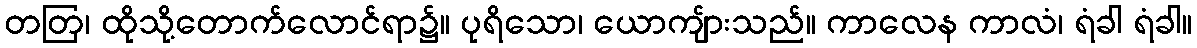
တတြ၊ ထိုသို့တောက်လောင်ရာ၌။ ပုရိသော၊ ယောကျ်ားသည်။ ကာလေန ကာလံ၊ ရံခါ ရံခါ။